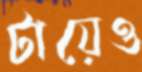
টায়েও